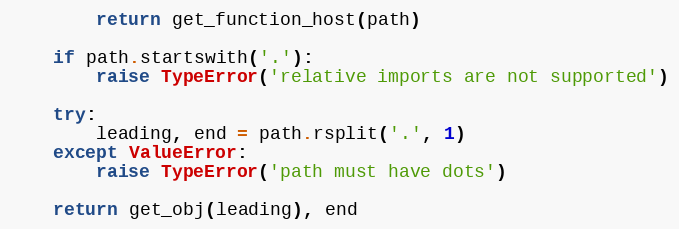
Language: Python
        return get_function_host(path)

    if path.startswith('.'):
        raise TypeError('relative imports are not supported')

    try:
        leading, end = path.rsplit('.', 1)
    except ValueError:
        raise TypeError('path must have dots')

    return get_obj(leading), end